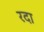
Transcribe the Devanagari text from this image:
रदा